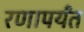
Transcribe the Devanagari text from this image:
रणापर्यंत